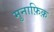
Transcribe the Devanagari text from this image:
मुनाफ़िक़